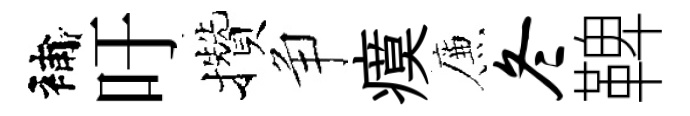
補吁攢争瘼簾冬鞞